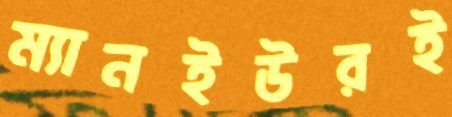
ম্যানইউরই